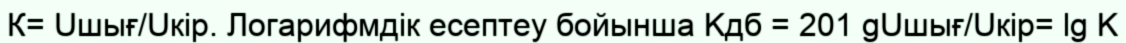
К= Uшығ/Uкір. Логарифмдік есептеу бойынша Kдб = 201 gUшығ/Uкір= lg K